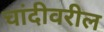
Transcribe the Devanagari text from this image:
चांदीवरील